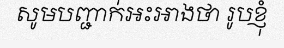
សូមបញ្ជាក់អះអាងថា រូបខ្ញុំ